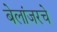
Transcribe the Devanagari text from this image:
बेलांजरचे